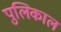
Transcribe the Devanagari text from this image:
पुलिकाल